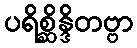
ပရိစ္ဆိန္ဒိတဗ္ဗာ